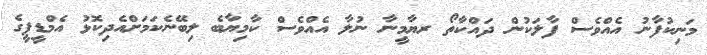
މަނިކުފާނު އެއްވެސް ފާލަކުން ދައްކާތޯ ރޔާމީނާ ނުލާ އެއްވެސް ކާމިޔާބެ ލިބޭނެކަމަށްއެދިކޮޅު އެމްޑީޕީގެ